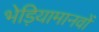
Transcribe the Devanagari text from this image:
भेड़ियामानवों